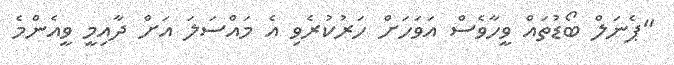
"ޕެނަލް ބޯޑުތައް ވީހާވެސް އަވަހަށް ހަރުކުރެވި އެ މައްސަަލަ އަށް ދާއިމީ ވީއެންމެ